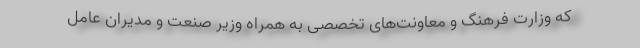
که وزارت فرهنگ و معاونت‌های تخصصی به همراه وزیر صنعت و مدیران عامل